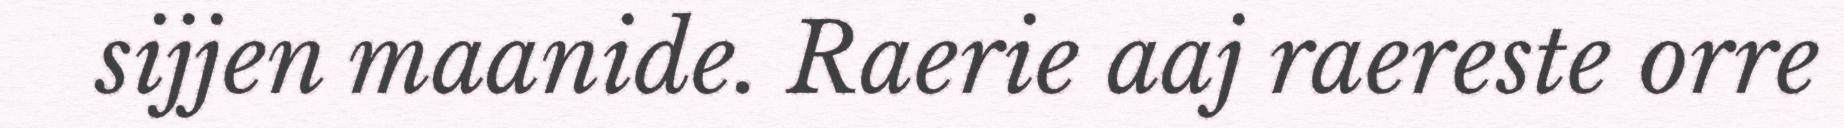
sijjen maanide. Raerie aaj raereste orre